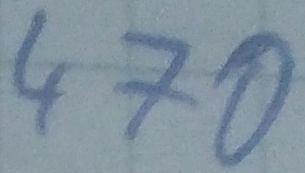
Text: 470